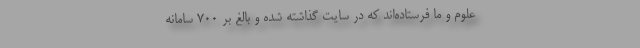
علوم و ما فرستاده‌اند که در سایت گذاشته شده و بالغ بر ۷۰۰ سامانه